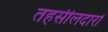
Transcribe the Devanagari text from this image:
तहसीलदारों